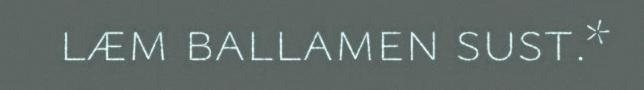
læm ballamen sust.*